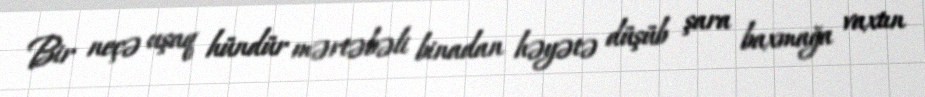
Bir neçə uşaq hündür mərtəbəli binadan həyətə düşüb şara baxmağa vaxtın